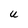
Character: U